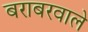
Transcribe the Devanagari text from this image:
बराबरवाले